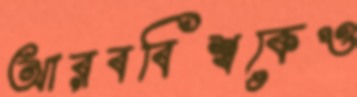
আরববিশ্বকেও